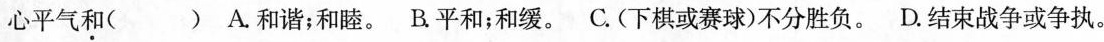
心平气和()A.和谐；和睦。B平和；和缓。C.(下棋或赛球)不分胜负。D.结束战争或争执。